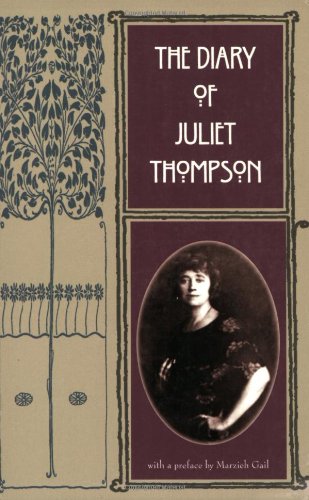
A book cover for The Diary of Juliet Thompson; Juliet Thompson; Religion & Spirituality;